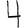
Digit: 4